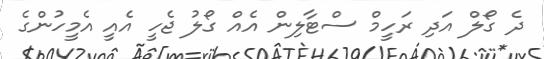
ދެ ގޯލް އަދި ރަހީމް ސްޓާލިން އެއް ގޯލު ޖެހީ އެއީ އެމީހުންގެ